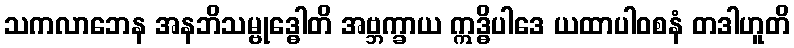
သကလာဘေန အနဘိသမ္ဗုဒ္ဓေါတိ အဗ္ဘက္ခာယ ဣဒ္ဓိပါဒေ ယထာပါဝစနံ တဒါဟူတိ